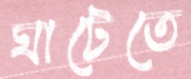
ঘাটেতে